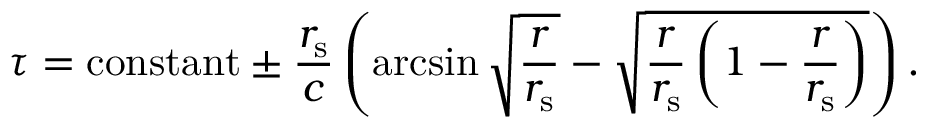
\tau = { \mathrm { c o n s t a n t } } \pm { \frac { r _ { \mathrm { { s } } } } { c } } \left( \arcsin { \sqrt { \frac { r } { r _ { \mathrm { { s } } } } } } - { \sqrt { { \frac { r } { r _ { \mathrm { { s } } } } } \left( 1 - { \frac { r } { r _ { \mathrm { { s } } } } } \right) } } \right) .